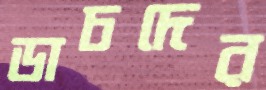
ডাচদের